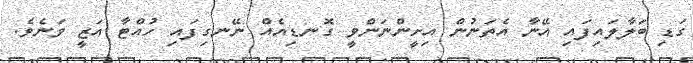
ގަޑި ބަލާލައިފައި އޭނާ އެތަނުން އިށީންނަންވީ ގޮނޑިއެއް ނޭނގިފައި ހުއްޓާ އަޒީ ވަނެވެ.